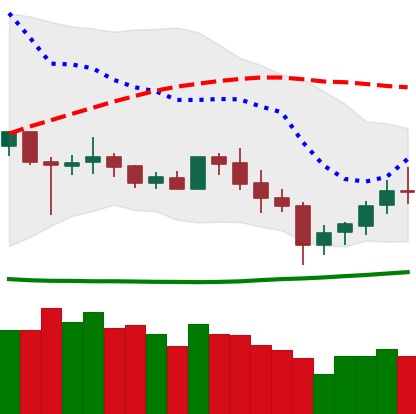
Ticker: XLM-USD
Chart end date: 2020-07-02
Forward return: 7.108%
Label: up_7plus